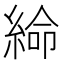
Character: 𦁸